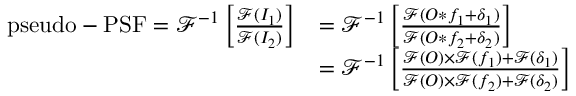
\begin{array} { r l } { \mathrm { p s e u d o - P S F } = \mathcal { F } ^ { - 1 } \left[ \frac { \mathcal { F } ( I _ { 1 } ) } { \mathcal { F } ( I _ { 2 } ) } \right] } & { = \mathcal { F } ^ { - 1 } \left[ \frac { \mathcal { F } ( O \ast f _ { 1 } + \delta _ { 1 } ) } { \mathcal { F } ( O \ast f _ { 2 } + \delta _ { 2 } ) } \right] } \\ & { = \mathcal { F } ^ { - 1 } \left[ \frac { \mathcal { F } ( O ) \times \mathcal { F } ( f _ { 1 } ) + \mathcal { F } ( \delta _ { 1 } ) } { \mathcal { F } ( O ) \times \mathcal { F } ( f _ { 2 } ) + \mathcal { F } ( \delta _ { 2 } ) } \right] } \end{array}